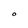
Character: O